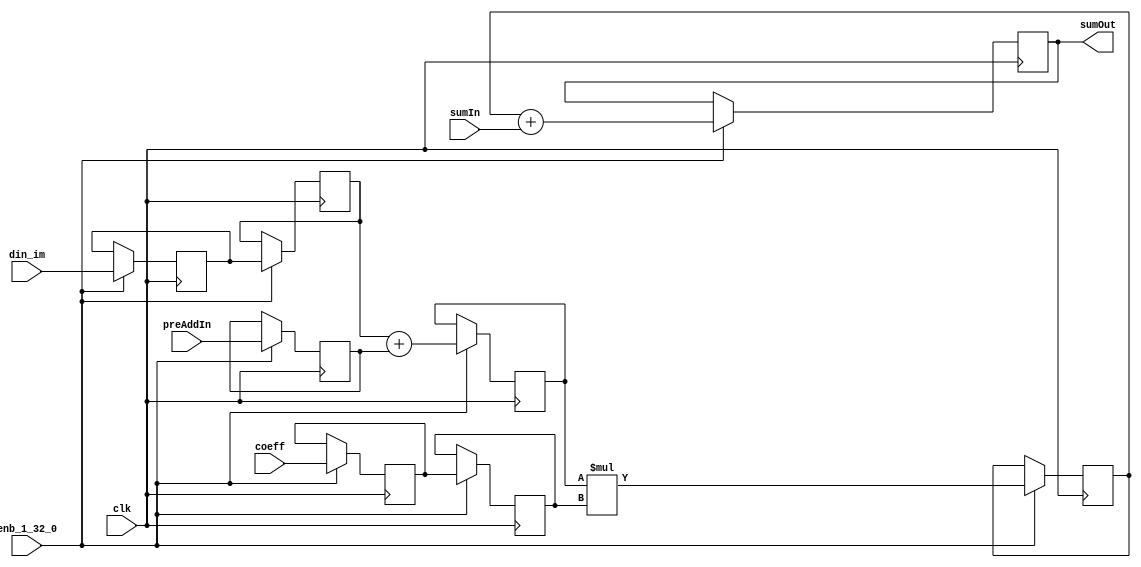
// -------------------------------------------------------------
// 
// 
// Generated by MATLAB 9.13 and HDL Coder 4.0
// 
// -------------------------------------------------------------


// -------------------------------------------------------------
// 
// Module: FilterTapSystolicPreAdd_block2
// Source Path: whdlOFDMTransmitter_up_con/OFDM_UC/HDL_DUC/Lowpass Interpolator/whdlOFDMTransmitter_up_con/OFDM_UC/HDL_DUC/Lowpass 
// Interpolator/FIRFilter1/FilterTapSystolicPreAd
// Hierarchy Level: 4
// 
// -------------------------------------------------------------

`timescale 1 ns / 1 ns

module FilterTapSystolicPreAdd_block2
          (clk,
           enb_1_32_0,
           din_im,
           preAddIn,
           coeff,
           sumIn,
           sumOut);


  input   clk;
  input   enb_1_32_0;
  input   signed [15:0] din_im;  // sfix16_En13
  input   signed [15:0] preAddIn;  // sfix16_En13
  input   signed [15:0] coeff;  // sfix16_En15
  input   signed [32:0] sumIn;  // sfix33_En28
  output  signed [32:0] sumOut;  // sfix33_En28


  reg signed [15:0] fTap_din1_reg1;  // sfix16
  reg signed [15:0] fTap_din1_reg2;  // sfix16
  reg signed [15:0] fTap_din2_reg1;  // sfix16
  reg signed [16:0] fTap_preAdd_reg;  // sfix17
  reg signed [32:0] fTap_mult_reg;  // sfix33
  reg signed [32:0] fTap_addout_reg;  // sfix33
  reg signed [15:0] fTap_coef_reg1;  // sfix16
  reg signed [15:0] fTap_coef_reg2;  // sfix16
  wire signed [16:0] fTap_preAdd_reg_next;  // sfix17_En13
  wire signed [32:0] fTap_mult_reg_next;  // sfix33_En28
  wire signed [32:0] fTap_addout_reg_next;  // sfix33_En28
  wire signed [16:0] fTap_add_cast;  // sfix17_En13
  wire signed [16:0] fTap_add_cast_1;  // sfix17_En13

  initial begin
    fTap_din1_reg1 = 16'sb0000000000000000;
    fTap_din1_reg2 = 16'sb0000000000000000;
    fTap_din2_reg1 = 16'sb0000000000000000;
    fTap_preAdd_reg = 17'sb00000000000000000;
    fTap_coef_reg1 = 16'sb0000000000000000;
    fTap_coef_reg2 = 16'sb0000000000000000;
    fTap_mult_reg = 33'sh000000000;
    fTap_addout_reg = 33'sh000000000;
  end

  // FilterTapSystolicPreAddS
  always @(posedge clk)
    begin : fTap_process
      if (enb_1_32_0) begin
        fTap_preAdd_reg <= fTap_preAdd_reg_next;
        fTap_mult_reg <= fTap_mult_reg_next;
        fTap_addout_reg <= fTap_addout_reg_next;
        fTap_din1_reg2 <= fTap_din1_reg1;
        fTap_din1_reg1 <= din_im;
        fTap_din2_reg1 <= preAddIn;
        fTap_coef_reg2 <= fTap_coef_reg1;
        fTap_coef_reg1 <= coeff;
      end
    end

  assign sumOut = fTap_addout_reg;
  assign fTap_addout_reg_next = fTap_mult_reg + sumIn;
  assign fTap_mult_reg_next = fTap_preAdd_reg * fTap_coef_reg2;
  assign fTap_add_cast = {fTap_din1_reg2[15], fTap_din1_reg2};
  assign fTap_add_cast_1 = {fTap_din2_reg1[15], fTap_din2_reg1};
  assign fTap_preAdd_reg_next = fTap_add_cast + fTap_add_cast_1;



endmodule  // FilterTapSystolicPreAdd_block2